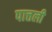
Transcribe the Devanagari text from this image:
पात्तली